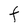
Character: F